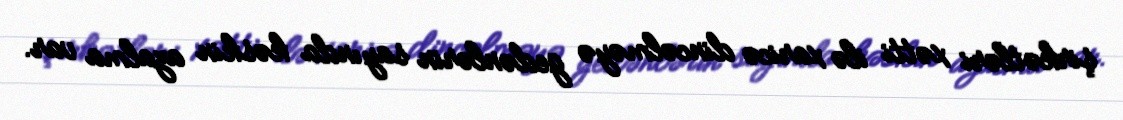
şirkətləri xətti ilə xaricə dincəlməyə gedənlərin sayında kəskin azalma var.